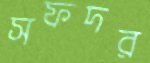
সফদর